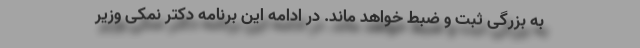
به بزرگی ثبت و ضبط خواهد ماند. در ادامه این برنامه دکتر نمکی وزیر